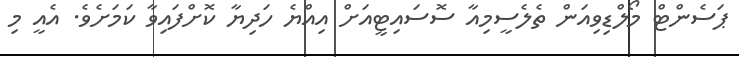
ޕަސެންޓް މޯލްޑިވިއަން ތެލެސީމިއާ ސޮސައިޓީއަށް އިއްޔެ ހަދިޔާ ކޮށްފައިވާ ކަމަށެވެ. އެއީ މި